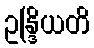
ဥန္ဒြိယတိ